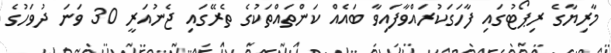
މާރިޔާގެ ރިޕޯޓުގައި ފާހަގަކުރައްވާފައިވާ ބައެއް ކަންތައްތަކުގެ ތެރޭގައި ޖެނުއަރީ 30 ވަނަ ދުވަހުގެ